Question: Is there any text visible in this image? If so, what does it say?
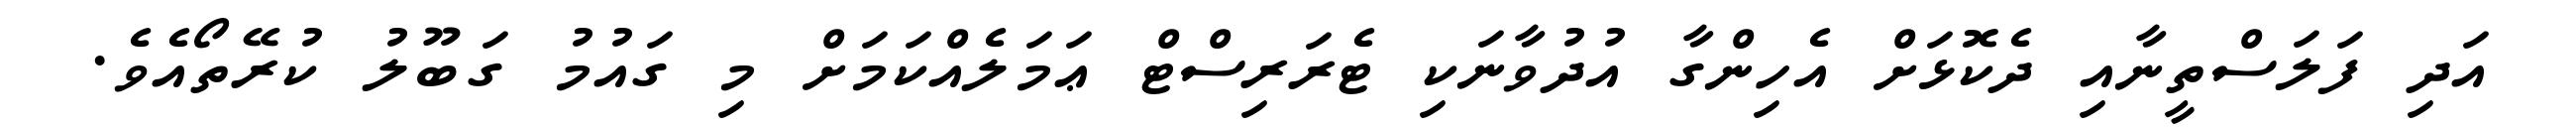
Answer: އަދި ފަލަސްތީނާއި ދެކޮޅަށް އެހިންގާ އުދުވާނަކި ޓެރަރިސްޓް ޢަމަލެއްކަމަށް މި ގައުމު ގަބޫލު ކުރޭތޯއެވެ.